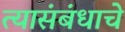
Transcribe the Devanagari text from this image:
त्यासंबंधाचे